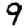
Digit: 9